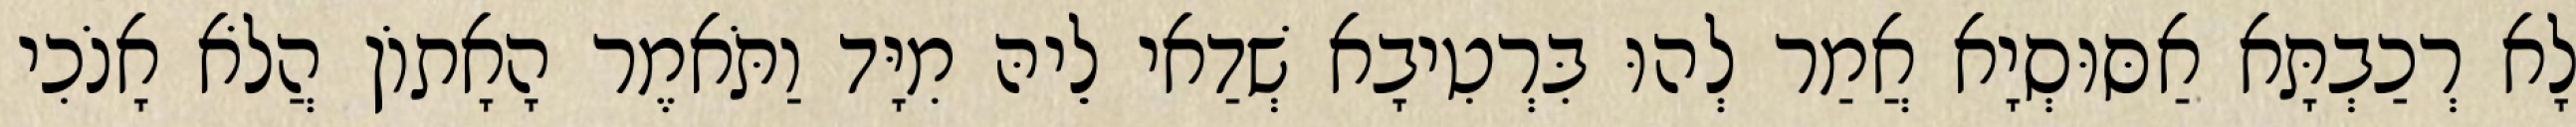
לָא רְכַבְתָּא אַסּוּסְיָא אֲמַר לְהוּ בִּרְטִיבָא שְׁדַאי לֵיהּ מִיָּד וַתֹּאמֶר הָאָתוֹן הֲלֹא אָנֹכִי